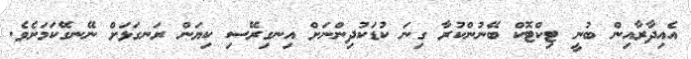
އެއިދާރާއިން ބުނީ ޓިކްޓޮކް ބޭނުންކުރާ ގިނަ ކުޑަކުދިންނަަށް އިނގިރޭސި ކިޔަން ރަނގަޅަށް ނޭނގޭކަމަށެވެ.